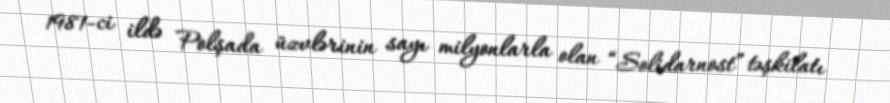
1981-ci ildə Polşada üzvlərinin sayı milyonlarla olan “Solidarnost” təşkilatı